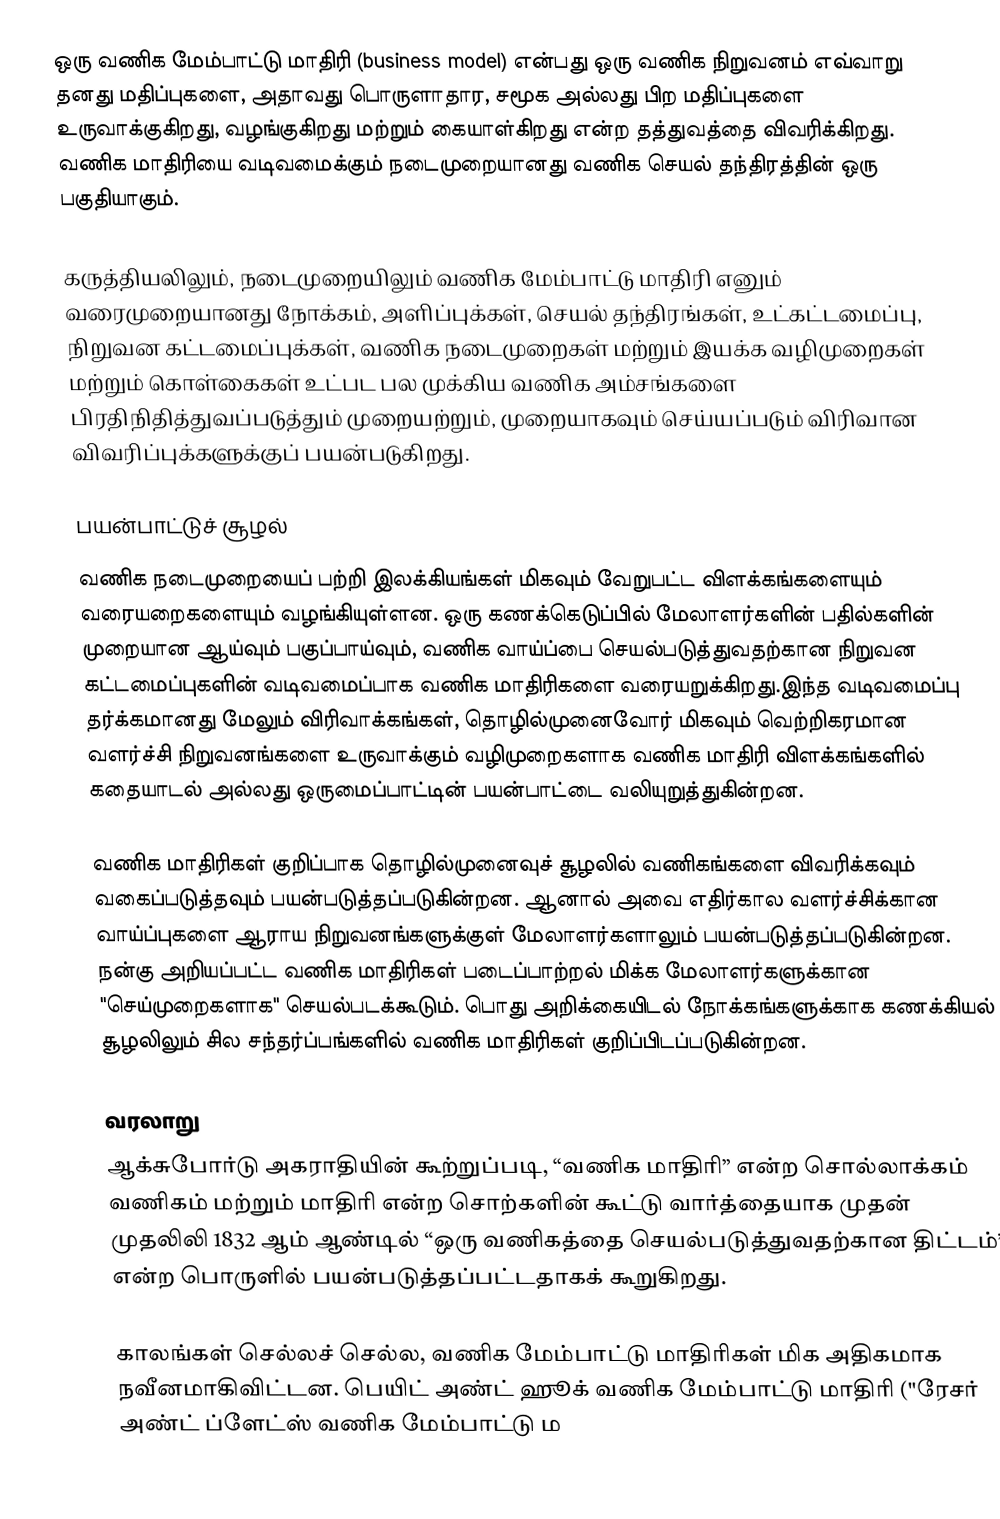
ஒரு வணிக மேம்பாட்டு மாதிரி (business model) என்பது ஒரு வணிக நிறுவனம் எவ்வாறு தனது மதிப்புகளை, அதாவது பொருளாதார, சமூக அல்லது பிற மதிப்புகளை உருவாக்குகிறது, வழங்குகிறது மற்றும் கையாள்கிறது என்ற தத்துவத்தை விவரிக்கிறது. வணிக மாதிரியை வடிவமைக்கும் நடைமுறையானது வணிக செயல் தந்திரத்தின் ஒரு பகுதியாகும்.

கருத்தியலிலும், நடைமுறையிலும் வணிக மேம்பாட்டு மாதிரி எனும் வரைமுறையானது நோக்கம், அளிப்புக்கள், செயல் தந்திரங்கள், உட்கட்டமைப்பு, நிறுவன கட்டமைப்புக்கள், வணிக நடைமுறைகள் மற்றும் இயக்க வழிமுறைகள் மற்றும் கொள்கைகள் உட்பட பல முக்கிய வணிக அம்சங்களை பிரதிநிதித்துவப்படுத்தும் முறையற்றும், முறையாகவும் செய்யப்படும் விரிவான விவரிப்புக்களுக்குப் பயன்படுகிறது.

பயன்பாட்டுச் சூழல்
வணிக நடைமுறையைப் பற்றி இலக்கியங்கள் மிகவும் வேறுபட்ட விளக்கங்களையும் வரையறைகளையும் வழங்கியுள்ளன. ஒரு கணக்கெடுப்பில் மேலாளர்களின் பதில்களின் முறையான ஆய்வும் பகுப்பாய்வும், வணிக வாய்ப்பை செயல்படுத்துவதற்கான நிறுவன கட்டமைப்புகளின் வடிவமைப்பாக வணிக மாதிரிகளை வரையறுக்கிறது.இந்த வடிவமைப்பு தர்க்கமானது மேலும் விரிவாக்கங்கள், தொழில்முனைவோர் மிகவும் வெற்றிகரமான வளர்ச்சி நிறுவனங்களை உருவாக்கும் வழிமுறைகளாக வணிக மாதிரி விளக்கங்களில் கதையாடல் அல்லது ஒருமைப்பாட்டின் பயன்பாட்டை வலியுறுத்துகின்றன.

வணிக மாதிரிகள் குறிப்பாக தொழில்முனைவுச் சூழலில் வணிகங்களை விவரிக்கவும் வகைப்படுத்தவும் பயன்படுத்தப்படுகின்றன. ஆனால் அவை எதிர்கால வளர்ச்சிக்கான வாய்ப்புகளை ஆராய நிறுவனங்களுக்குள் மேலாளர்களாலும் பயன்படுத்தப்படுகின்றன. நன்கு அறியப்பட்ட வணிக மாதிரிகள் படைப்பாற்றல் மிக்க மேலாளர்களுக்கான "செய்முறைகளாக" செயல்படக்கூடும். பொது அறிக்கையிடல் நோக்கங்களுக்காக கணக்கியல் சூழலிலும் சில சந்தர்ப்பங்களில் வணிக மாதிரிகள் குறிப்பிடப்படுகின்றன.

வரலாறு
ஆக்சுபோர்டு அகராதியின் கூற்றுப்படி, “வணிக மாதிரி” என்ற சொல்லாக்கம் வணிகம் மற்றும் மாதிரி என்ற சொற்களின் கூட்டு வார்த்தையாக முதன் முதலிலி 1832 ஆம் ஆண்டில் “ஒரு வணிகத்தை செயல்படுத்துவதற்கான திட்டம்” என்ற பொருளில் பயன்படுத்தப்பட்டதாகக் கூறுகிறது.

காலங்கள் செல்லச் செல்ல, வணிக மேம்பாட்டு மாதிரிகள் மிக அதிகமாக நவீனமாகிவிட்டன. பெயிட் அண்ட் ஹூக் வணிக மேம்பாட்டு மாதிரி ("ரேசர் அண்ட் ப்ளேட்ஸ் வணிக மேம்பாட்டு ம